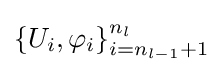
\left\{U_{i},\varphi _{i}\right\}_{i=n_{l-1}+1}^{n_{l}}